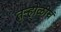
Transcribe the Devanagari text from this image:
तऱ्होळीचं